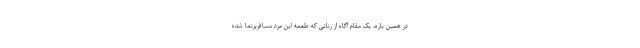
در همین باره، یک مقام آگاه از زنانی که طعمه این مرد مسافربرنما شده